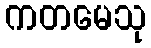
ကတမေသု